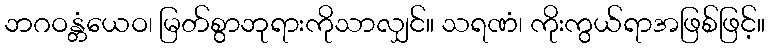
ဘဂဝန္တံယေဝ၊ မြတ်စွာဘုရားကိုသာလျှင်။ သရဏံ၊ ကိုးကွယ်ရာအဖြစ်ဖြင့်။